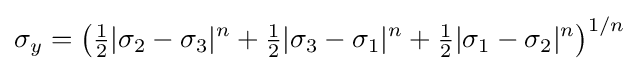
\sigma _{y}=\left({\tfrac {1}{2}}|\sigma _{2}-\sigma _{3}|^{n}+{\tfrac {1}{2}}|\sigma _{3}-\sigma _{1}|^{n}+{\tfrac {1}{2}}|\sigma _{1}-\sigma _{2}|^{n}\right)^{1/n}